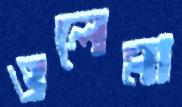
ওলেমা